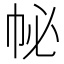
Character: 𢁽